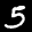
Label: 5